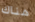
هناك